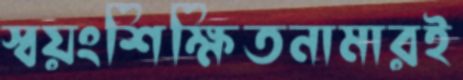
স্বয়ংশিক্ষিতনামারই